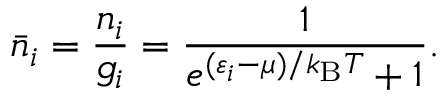
{ \bar { n } } _ { i } = { \frac { n _ { i } } { g _ { i } } } = { \frac { 1 } { e ^ { ( \varepsilon _ { i } - \mu ) / k _ { \mathrm { { B } } } T } + 1 } } .